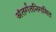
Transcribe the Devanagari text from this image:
अंतर्गतनिगमित